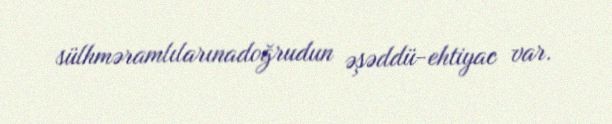
sülhməramlılarınadoğrudun əşəddü-ehtiyac var.